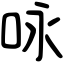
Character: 咏